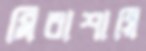
মিরাশায়ি